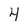
Character: 4